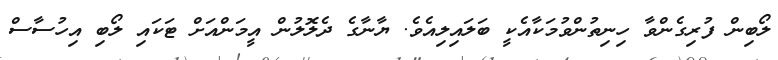
ލޯބިން ފުރިގެންވާ ހިނިތުންވުމަކާއެކީ ބަލައިލިއެވެ. ޔާނާގެ ދެލޮލުން އީމަންއަށް ޓަކައި ލޯބި އިހުސާސް